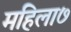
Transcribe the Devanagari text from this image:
महिला७